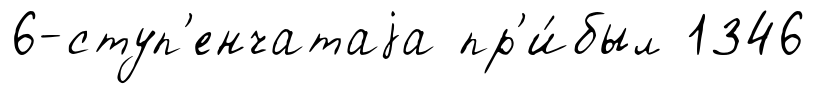
6-ступ'енчатаjа пр'и́был 1346